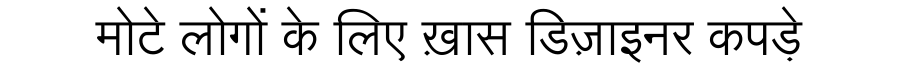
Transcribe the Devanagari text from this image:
मोटे लोगों के लिए ख़ास डिज़ाइनर कपड़े